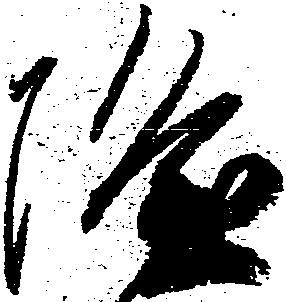
隆